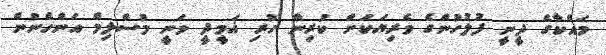
މައްކާގެ ދީނީ ފުލުހުންގެ ވެރިޔަކަށް ކުރިން ހުރި ޣަމީދީ ވަނީ މުސްލިމް އަންހެނުން